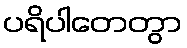
ပရိပါတေတွာ